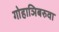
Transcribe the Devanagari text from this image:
गोहाञिबरुवा